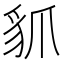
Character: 䝖